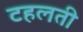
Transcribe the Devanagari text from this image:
टहलती